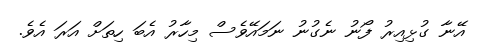
އޭނާ ގުޅިއިރު ފޯނު ނެގުނު ނަމައޭވެސް މިހާރު އެބަ ހިތަށް އަރަ އެވެ.